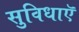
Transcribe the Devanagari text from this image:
सुविधाऍ